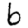
Digit: 6